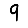
Digit: 9